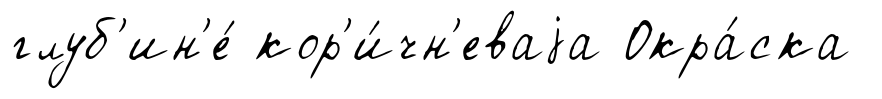
глуб'ин'е́ кор'и́чн'еваjа Окра́ска